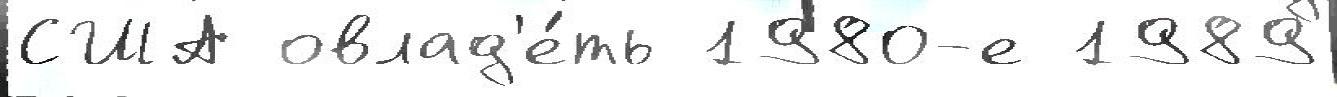
США овлад'е́ть 1980-е 1989